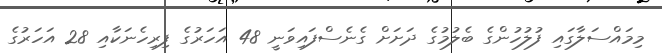
މިމައްސަލާގައި ފުލުހުންގެ ބެލުމުގެ ދަށަށް ގެނެސްފައިވަނީ 48 އަހަރުގެ ފިރިހެނަކާއި 28 އަހަރުގެ